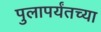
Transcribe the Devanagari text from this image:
पुलापर्यंतच्या